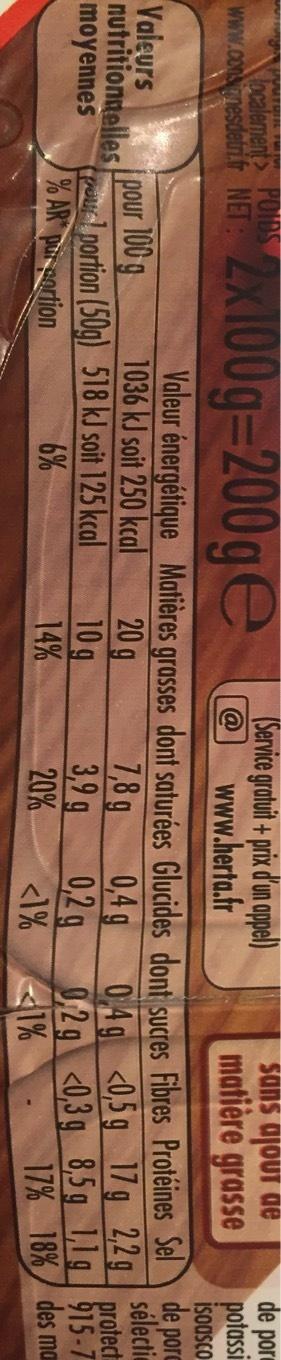
w
localement> www.consignesdetri.fr NET :
2x100g-200ge
Valeurs
nutritionnelles pour 100 g
moyennes
pour portion (50g) 518 kJ soit 125 kcal
% AR pur portion
6%
20 9
(Service gratuit + prix d'un appel)
@
www.herta.fr
Valeur énergétique Matières grasses dont saturées Glucides dont sucres Fibres Protéines Sel de porc
1036 kJ soit 250 kcal
sélecti
10 g
14%
7,8 g
3,9 g
20%
sans ajout de matière grasse
0,4 g
0,2g
<1% 1%
de por
potassi
isoasco
0,4g <0,5 g 17 g 2,2g protect
0,2 g <0,3 g 8,5 g 1,1g 915-7
17% 18% des man